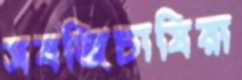
সবজিচাষিরা